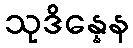
သုဒိန္နေန